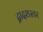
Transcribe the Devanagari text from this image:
द्वादशस्वर